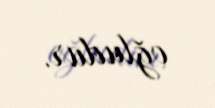
oğludur.